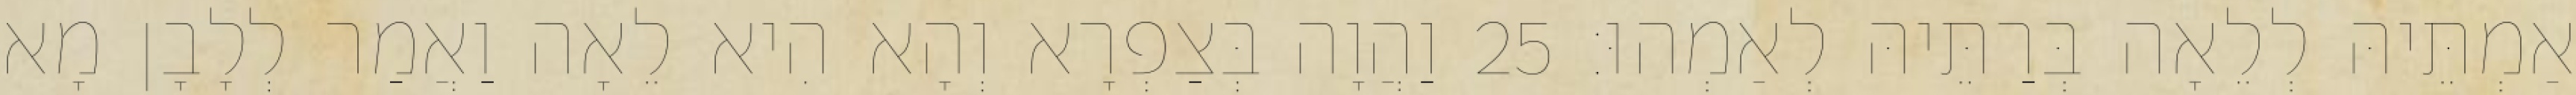
אַמְתֵּיהּ לְלֵאָה בְּרַתֵּיהּ לְאַמְהוּ׃ 25 וַהֲוָה בְּצַפְרָא וְהָא הִיא לֵאָה וַאֲמַר לְלָבָן מָא